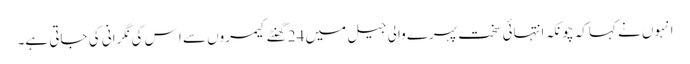
انہوں نے کہا کہ چونکہ انتہائی سخت پہرے والی جیل میں 24 گھنٹے کیمروں سے ا س کی نگرانی کی جاتی ہے۔